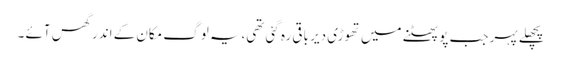
پچھلے پہر جب پو پھٹنے میں تھوڑی دیر باقی رہ گئی تھی،یہ لوگ مکان کے اندر گھس آئے ۔